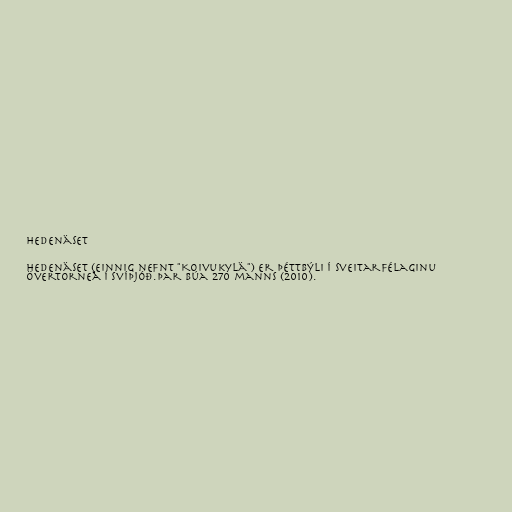
Hedenäset

Hedenäset (einnig nefnt "Koivukylä") er þéttbýli í sveitarfélaginu
Övertorneå í Svíþjóð.Þar búa 270 manns (2010).